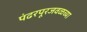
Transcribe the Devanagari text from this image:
पंढरपूरजवळच्या